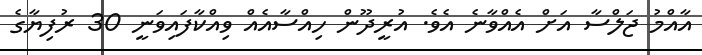
އާއްމު ޖަލްސާ އަށް އެއްވާނެ އެވެ. އުރީދޫން ހިއްސާއެއް ވިއްކާފައިވަނީ 30 ރުފިޔާގެ